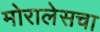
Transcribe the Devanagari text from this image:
मोरालेसचा